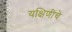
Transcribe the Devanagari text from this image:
यक्षिणींचे